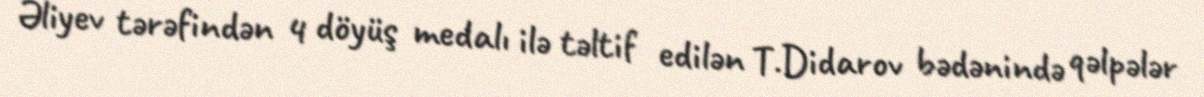
Əliyev tərəfindən 4 döyüş medalı ilə təltif edilən T.Didarov bədənində qəlpələr